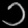
Digit: ၁